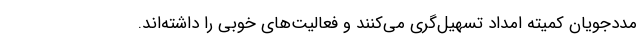
مددجویان کمیته امداد تسهیل‌گری می‌کنند و فعالیت‌های خوبی را داشته‌اند.